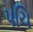
પચિ